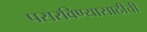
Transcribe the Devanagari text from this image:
पसरविण्यासाठीची